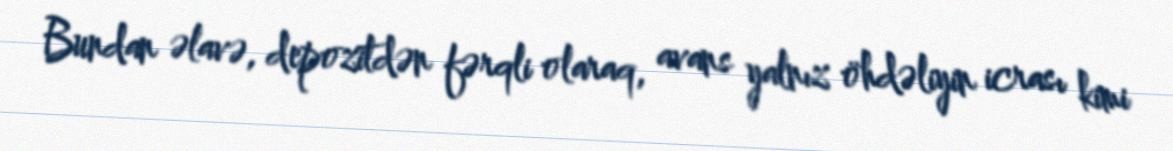
Bundan əlavə, depozitdən fərqli olaraq, avans yalnız öhdəliyin icrası kimi